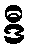
ဒီ